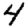
Digit: 4